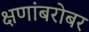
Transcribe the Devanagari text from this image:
क्षणांबरोबर